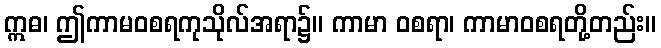
ဣဓ၊ ဤကာမဝစရကုသိုလ်အရာ၌။ ကာမာ ဝစရာ၊ ကာမာဝစရတို့တည်း။